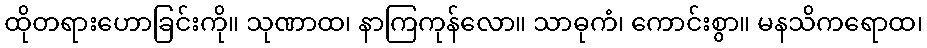
ထိုတရားဟောခြင်းကို။ သုဏာထ၊ နာကြကုန်လော။ သာဓုကံ၊ ကောင်းစွာ။ မနသိကရောထ၊